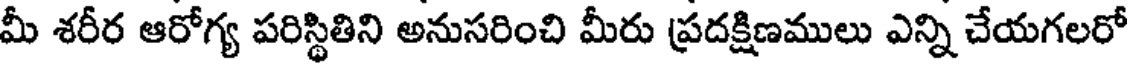
మీ శరీర ఆరోగ్య పరిస్థితిని అనుసరించి మీరు ప్రదక్షిణములు ఎన్ని చేయగలరో